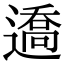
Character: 䢪